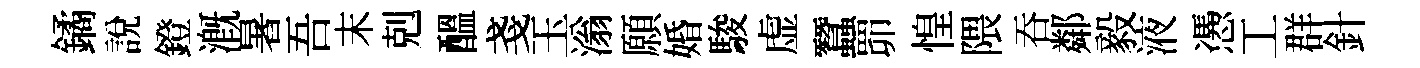
鐍説鐙溉暑吾末剋醖戔玉滃願婚駿虚蠶𦊑惶隈吞鄰毅液慿工群針